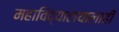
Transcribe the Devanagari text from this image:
महाविद्यालयालाही